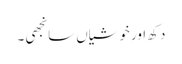
دکھ اور خوشیاں سانجھی۔